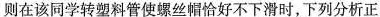
则在该同学转塑料管使螺丝帽恰好不下滑时，下列分析正